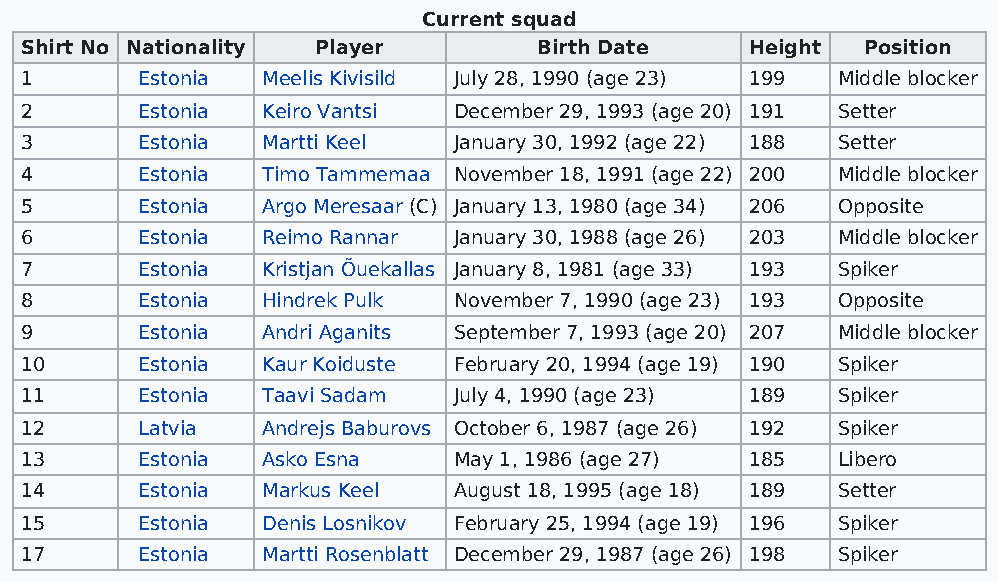
Current squad
 Shirt No Nationality Player        Birth Date    Height Position
 1       Estonia Meelis Kivisild July 28, 1990 (age 23) 199 Middle blocker
 2       Estonia Keiro Vantsi December 29, 1993 (age 20) 191 Setter
 3       Estonia Martti Keel  January 30, 1992 (age 22) 188 Setter
 4       Estonia Timo Tammemaa November 18, 1991 (age 22) 200 Middle blocker
 5       Estonia Argo Meresaar (C) January 13, 1980 (age 34) 206 Opposite
 6       Estonia Reimo Rannar January 30, 1988 (age 26) 203 Middle blocker
 7       Estonia Kristjan Õuekallas January 8, 1981 (age 33) 193 Spiker
 8       Estonia Hindrek Pulk November 7, 1990 (age 23) 193 Opposite
 9       Estonia Andri Aganits September 7, 1993 (age 20) 207 Middle blocker
 10      Estonia Kaur Koiduste February 20, 1994 (age 19) 190 Spiker
 11      Estonia Taavi Sadam  July 4, 1990 (age 23) 189 Spiker
 12      Latvia  Andrejs Baburovs October 6, 1987 (age 26) 192 Spiker
 13      Estonia Asko Esna    May 1, 1986 (age 27) 185 Libero
 14      Estonia Markus Keel  August 18, 1995 (age 18) 189 Setter
 15      Estonia Denis Losnikov February 25, 1994 (age 19) 196 Spiker
 17      Estonia Martti Rosenblatt December 29, 1987 (age 26) 198 Spiker